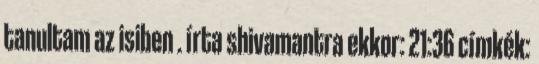
tanultam az isiben . írta shivamantra ekkor: 21:36 címkék: